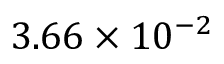
3 . 6 6 \times 1 0 ^ { - 2 }